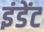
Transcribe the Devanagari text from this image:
इंडेंट